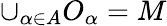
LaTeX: \cup_{\alpha\in A}O_{\alpha}=M